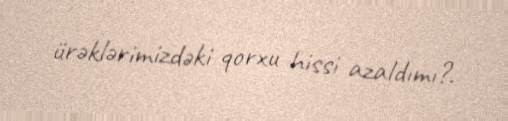
ürəklərimizdəki qorxu hissi azaldımı?.